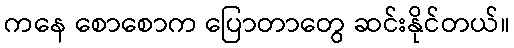
ကနေ စောစောက ပြောတာတွေ ဆင်းနိုင်တယ်။